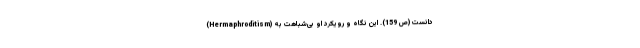
(Hermaphroditism) دانست (ص 159). این نگاه و رویکرد او بی‌شباهت به